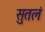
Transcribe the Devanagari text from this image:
सुतलं